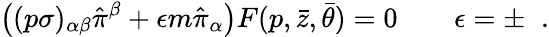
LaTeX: \left((p\sigma)_{\alpha\beta}\hat{\pi}^{\beta}+\epsilon m\hat{\pi}_{\alpha}\right)F(p,\bar{z},\bar{\theta})=0\qquad\epsilon=\pm\; \; .